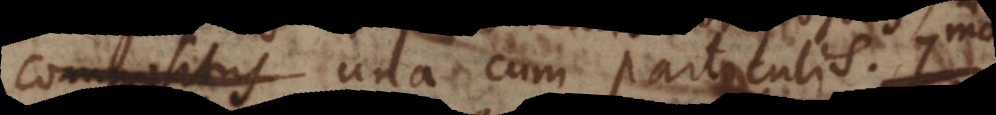
compositus una cum particulis. S